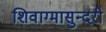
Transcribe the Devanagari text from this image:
शिवाग्मासुन्दरी